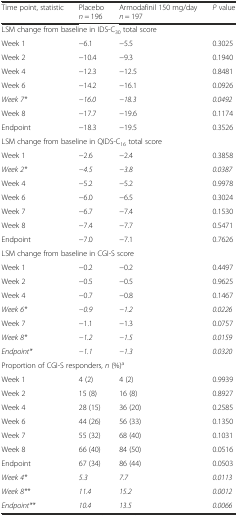
| Time point, statistic | Placebo n = 196 | Armodafinil 150 mg/day n = 197 | P value |
 | --- | --- | --- | --- |
 | <COLSPAN=4> LSM change from baseline in IDS-C30 total score |
 | Week 1 | −6.1 | −5.5 | 0.3025 |
 | Week 2 | −10.4 | −9.3 | 0.1940 |
 | Week 4 | −12.3 | −12.5 | 0.8481 |
 | Week 6 | −14.2 | −16.1 | 0.0926 |
 | Week 7* | −16.0 | −18.3 | 0.0492 |
 | Week 8 | −17.7 | −19.6 | 0.1174 |
 | Endpoint | −18.3 | −19.5 | 0.3526 |
 | <COLSPAN=4> LSM change from baseline in QIDS-C16 total score |
 | Week 1 | −2.6 | −2.4 | 0.3858 |
 | Week 2* | −4.5 | −3.8 | 0.0387 |
 | Week 4 | −5.2 | −5.2 | 0.9978 |
 | Week 6 | −6.0 | −6.5 | 0.3024 |
 | Week 7 | −6.7 | −7.4 | 0.1530 |
 | Week 8 | −7.4 | −7.7 | 0.5471 |
 | Endpoint | −7.0 | −7.1 | 0.7626 |
 | <COLSPAN=4> LSM change from baseline in CGI-S score |
 | Week 1 | −0.2 | −0.2 | 0.4497 |
 | Week 2 | −0.5 | −0.5 | 0.9625 |
 | Week 4 | −0.7 | −0.8 | 0.1467 |
 | Week 6* | −0.9 | −1.2 | 0.0226 |
 | Week 7 | −1.1 | −1.3 | 0.0757 |
 | Week 8* | −1.2 | −1.5 | 0.0159 |
 | Endpoint* | −1.1 | −1.3 | 0.0320 |
 | <COLSPAN=4> Proportion of CGI-S responders, n (%)a |
 | Week 1 | 4 (2) | 4 (2) | 0.9939 |
 | Week 2 | 15 (8) | 16 (8) | 0.8927 |
 | Week 4 | 28 (15) | 36 (20) | 0.2585 |
 | Week 6 | 44 (26) | 56 (33) | 0.1350 |
 | Week 7 | 55 (32) | 68 (40) | 0.1031 |
 | Week 8 | 66 (40) | 84 (50) | 0.0516 |
 | Endpoint | 67 (34) | 86 (44) | 0.0503 |
 | Week 4* | 5.3 | 7.7 | 0.0113 |
 | Week 8** | 11.4 | 15.2 | 0.0012 |
 | Endpoint** | 10.4 | 13.5 | 0.0066 |